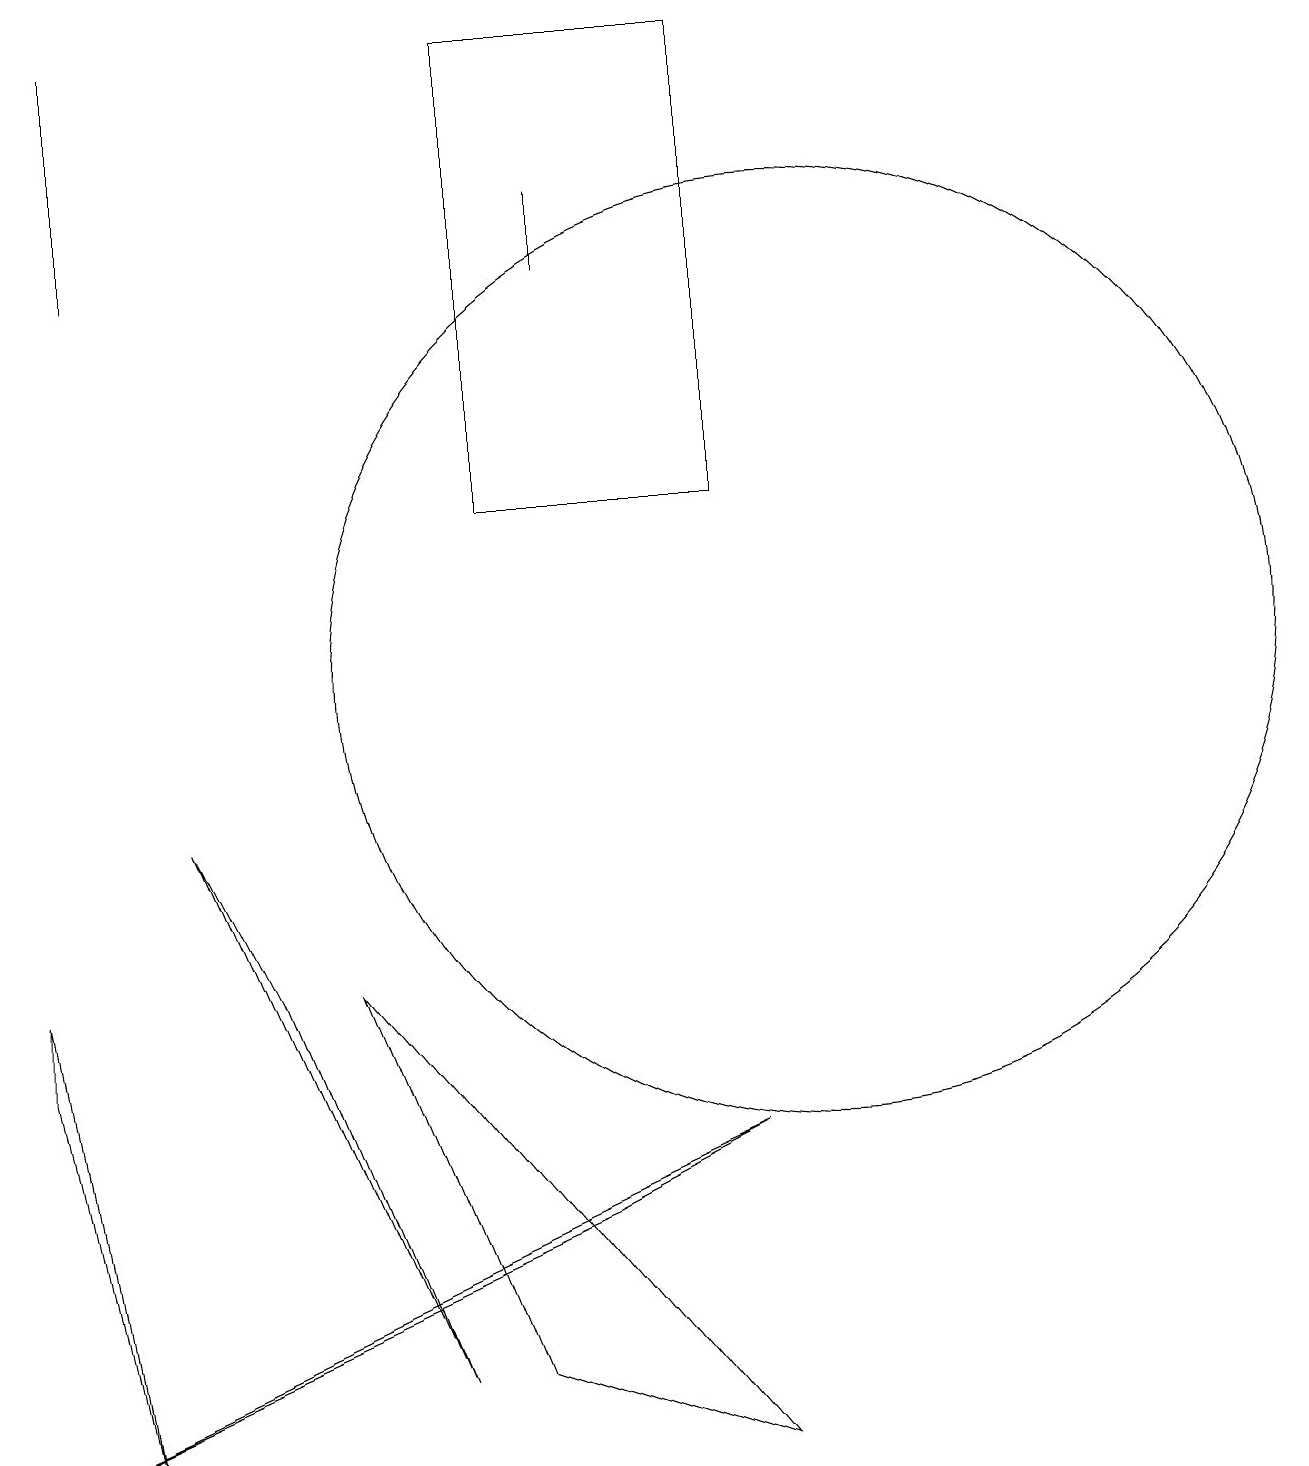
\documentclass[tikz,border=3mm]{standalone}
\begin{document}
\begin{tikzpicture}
\draw (6,2) -- (9,1) -- (4,7) -- cycle;
\draw (9,19) rectangle (6,13);
\draw (5,2) -- (2,9) -- (3,7) -- cycle;
\draw (10,11) circle (6);
\draw (7,17) rectangle (7,16);
\draw (7,4) -- (0,1) -- (9,5) -- cycle;
\draw (1,16) rectangle (1,19);
\draw (0,6) -- (1,1) -- (0,7) -- cycle;
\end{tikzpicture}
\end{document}